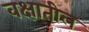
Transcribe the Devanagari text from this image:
वक्षातील